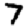
Digit: 7